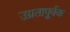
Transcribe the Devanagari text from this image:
उग्रतापूर्वक